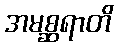
အမစ္ဆရာတိ